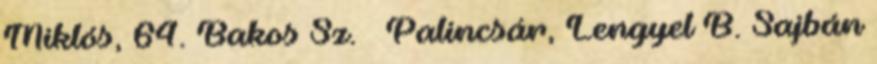
Miklós, 64. Bakos Sz. – Palincsár, Lengyel B. Sajbán